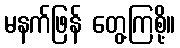
မနက်ဖြန် တွေ့ကြစို့။